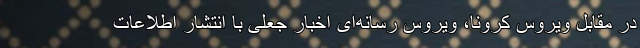
در مقابل ویروس کرونا، ویروس رسانه‌ای اخبار جعلی با انتشار اطلاعات